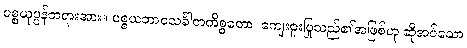
ပစ္စယုပ္ပန်တရားအား။ ပစ္စယဘာဝသင်္ခါတကိစ္စတော၊ ကျေးဇူးပြုသည်၏အဖြစ်ဟု ဆိုအပ်သော